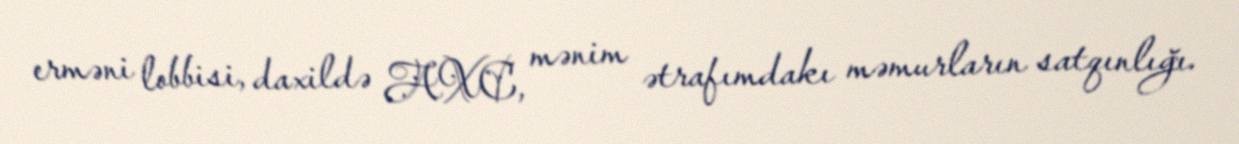
erməni lobbisi, daxildə AXC, mənim ətrafımdakı məmurların satqınlığı.